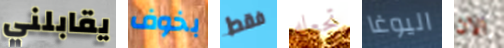
يقابلني بخوف فقط تجعله اليوغا الان